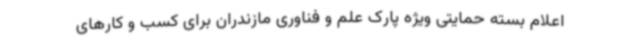
اعلام بسته حمایتی ویژه پارک علم و فناوری مازندران برای کسب و کارهای